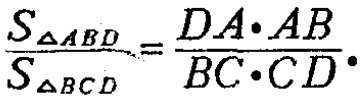
\(\frac{S_{\triangle ABD}}{S_{\triangle BCD}}=\frac{DA\cdot AB}{BC\cdot CD}\)